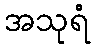
အသုရံ